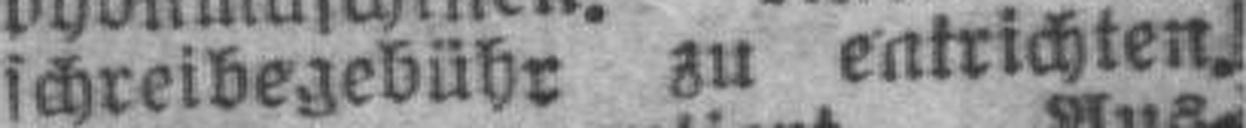
schreibegebühr zu entrichten.